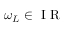
\omega _ { L } \in \mathrm { ~ I ~ R ~ }